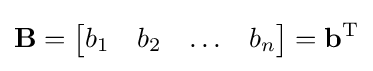
\mathbf {B} ={\begin{bmatrix}b_{1}&b_{2}&\ldots &b_{n}\end{bmatrix}}=\mathbf {b} ^{\rm {T}}